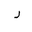
Letter: _ra